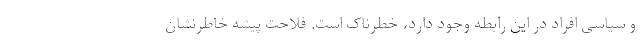
و سیاسی افراد در این رابطه وجود دارد، خطرناک است. فلاحت پیشه خاطرنشان